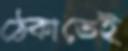
ঠেকাতেই